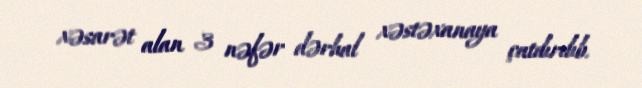
xəsarət alan 3 nəfər dərhal xəstəxanaya çatdırılıb.